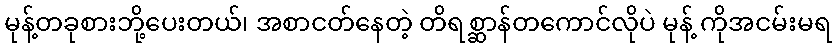
မုန့်တခုစားဘို့ပေးတယ်၊ အစာငတ်နေတဲ့ တိရစ္ဆာန်တကောင်လိုပဲ မုန့် ကိုအငမ်းမရ